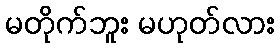
မတိုက်ဘူး မဟုတ်လား